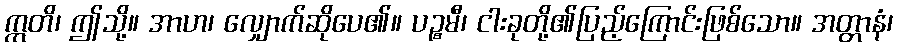
ဣတိ၊ ဤသို့။ အာဟ၊ လျှောက်ဆိုပေ၏။ ပဉ္စမီ၊ ငါးခုတို့၏ပြည့်ကြောင်းဖြစ်သော။ အတ္တာနံ၊